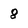
Character: 8